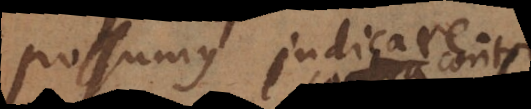
possumus judicare.